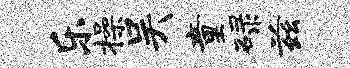
乐操吴童碌兹